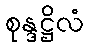
စုန္ဒဋ္ဌိလံ